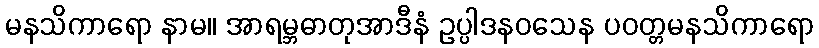
မနသိကာရော နာမ။ အာရမ္ဘဓာတုအာဒီနံ ဥပ္ပါဒနဝသေန ပဝတ္တမနသိကာရော